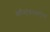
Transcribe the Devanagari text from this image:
कॉन्स्टेबलबरोबर